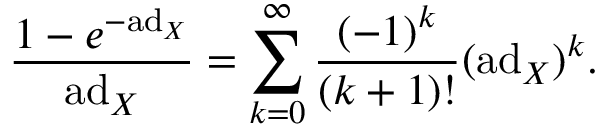
{ \frac { 1 - e ^ { - \mathrm { a d } _ { X } } } { \mathrm { a d } _ { X } } } = \sum _ { k = 0 } ^ { \infty } { \frac { ( - 1 ) ^ { k } } { ( k + 1 ) ! } } ( \mathrm { a d } _ { X } ) ^ { k } .